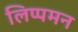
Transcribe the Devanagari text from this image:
लिप्पमन